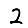
Digit: 2